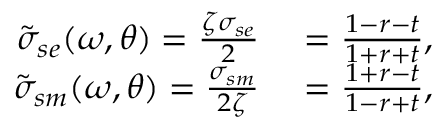
\begin{array} { r l } { \tilde { \sigma } _ { s e } ( \omega , \theta ) = \frac { \zeta \sigma _ { s e } } { 2 } } & { { } = \frac { 1 - r - t } { 1 + r + t } , } \\ { \tilde { \sigma } _ { s m } ( \omega , \theta ) = \frac { \sigma _ { s m } } { 2 \zeta } } & { { } = \frac { 1 + r - t } { 1 - r + t } , } \end{array}